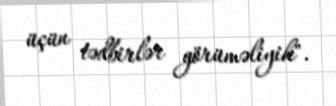
üçün tədbirlər görüməliyik".